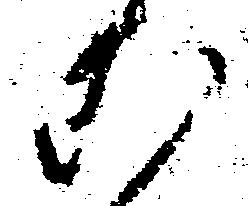
こ